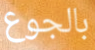
بالجوع